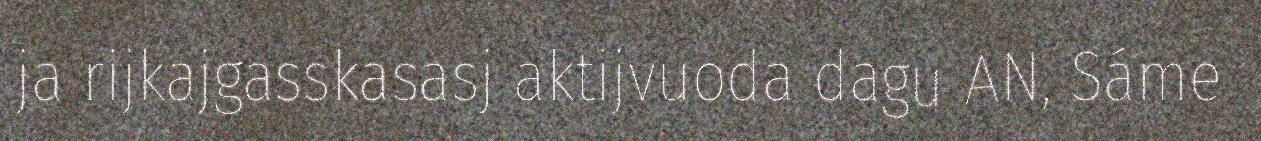
ja rijkajgasskasasj aktijvuoda dagu AN, Sáme